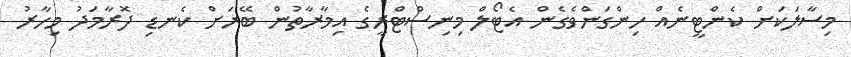
މިސާލަކަށް ކެންޓީނެއް ހިންގަންވެގެން އެޓޯލް މިނިސްޓްރީގެ އިމާރާތުން ބޭރަށް ކެނޑި ދޮރާމަދު މިހާރު